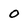
Character: o